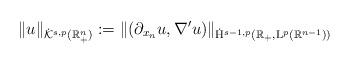
LaTeX: \begin{align*} \lVert u\rVert_{\dot{\mathcal{K}}^{s,p}(\mathbb{R}^{n}_+)} := \lVert (\partial_{x_n}u,\nabla'u)\rVert_{\dot{\mathrm{H}}^{s-1,p}(\mathbb{R}_+,\mathrm{L}^p(\mathbb{R}^{n-1}))}\end{align*}